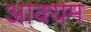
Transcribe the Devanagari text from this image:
आक्यम